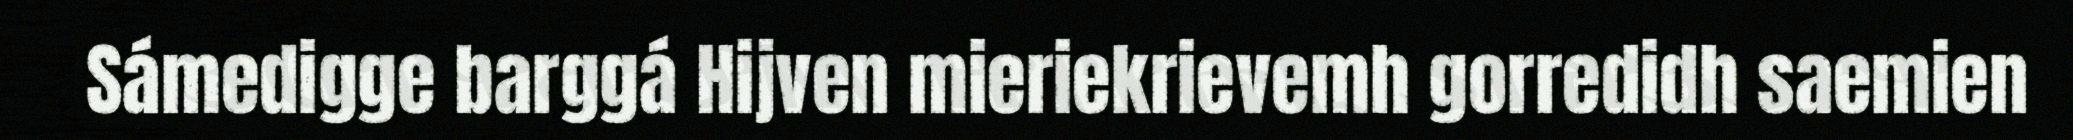
Sámedigge barggá Hijven mieriekrievemh gorredidh saemien